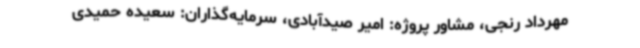
مهرداد رنجی، مشاور پروژه: امیر صیدآبادی، سرمایه‌گذاران: سعیده حمیدی